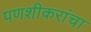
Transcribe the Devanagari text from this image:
पणशीकरांचा